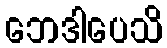
ဘေဒါပေသိ